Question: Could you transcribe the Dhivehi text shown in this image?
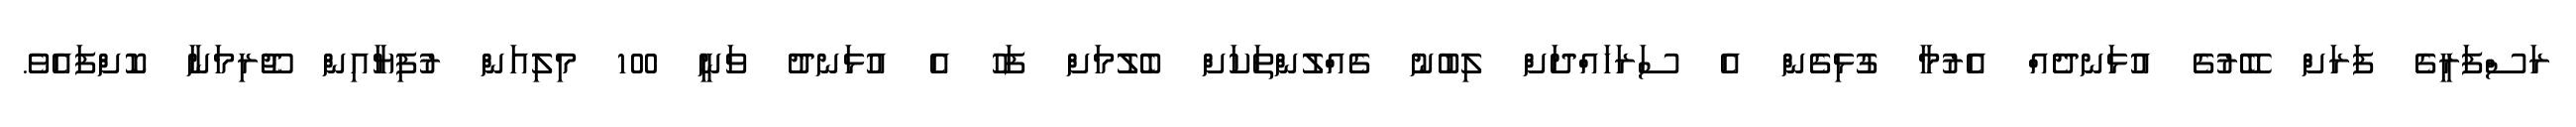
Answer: ރަސްފަރީގެ ފަރަށް ބޭރުގެ އުޅަނދެއް އެރުމާ ގުޅިގެން އެ ސަރަހައްދަށް ލިބުނު ގެއްލުންތަކަށް ބެލުމަށް ފަހު އެ އުޅަނދު ވަނީ 100 މިލިއަން ރުފިޔާއިން ޖޫރިމަނާ ކޮށްފައެވެ.